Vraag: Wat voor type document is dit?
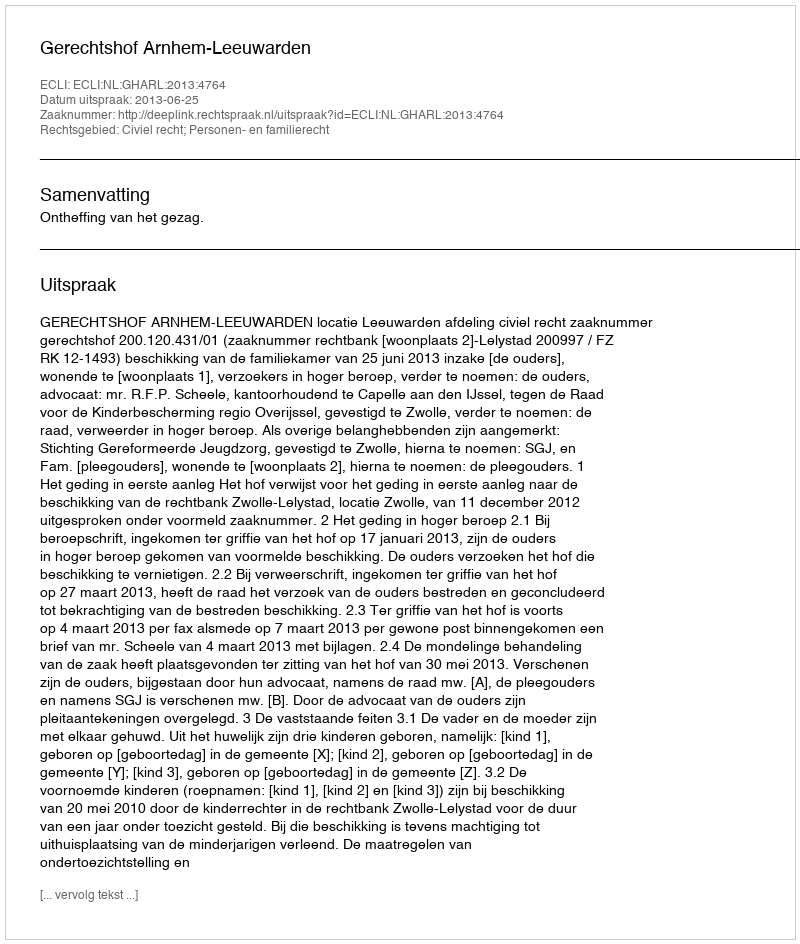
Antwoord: Uitspraak